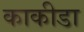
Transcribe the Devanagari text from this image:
काकीडा